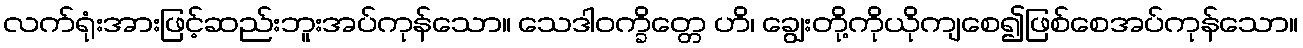
လက်ရုံးအားဖြင့်ဆည်းဘူးအပ်ကုန်သော။ သေဒါဝက္ခိတ္တေ ဟိ၊ ချွေးတို့ကိုယိုကျစေ၍ဖြစ်စေအပ်ကုန်သော။